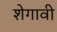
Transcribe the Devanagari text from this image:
शेगावी